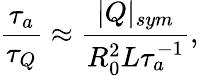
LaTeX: \frac{\tau_{a}}{\tau_{Q}}\approx\frac{|Q|_{sym}}{R_{0}^{2}L\tau_{a}^{-1}},